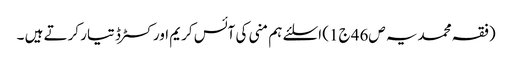
(فقہ محمدیہ ص46 ج1) اسلئے ہم منی کی آئس کریم اور کسٹرڈ تیار کرتے ہیں ۔